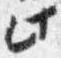
此